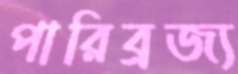
পারিব্রজ্য